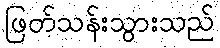
ဖြတ်သန်းသွားသည်